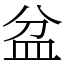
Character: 盆